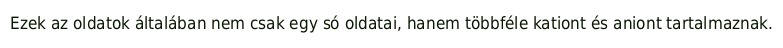
Ezek az oldatok általában nem csak egy só oldatai, hanem többféle kationt és aniont tartalmaznak.